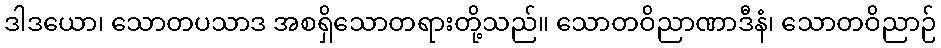
ဒါဒယော၊ သောတပသာဒ အစရှိသောတရားတို့သည်။ သောတဝိညာဏာဒီနံ၊ သောတဝိညာဉ်